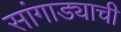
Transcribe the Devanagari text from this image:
सांगाड्याची